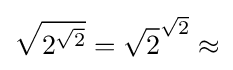
{\sqrt {2^{\sqrt {2}}}}={\sqrt {2}}^{\sqrt {2}}\approx